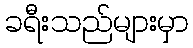
ခရီးသည်များမှာ